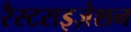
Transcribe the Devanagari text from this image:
रैस्टराइज़ेशन